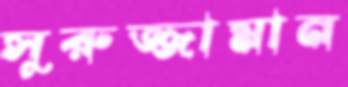
সুরুজ্জামান